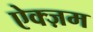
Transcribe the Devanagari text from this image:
ऐक्ज़म